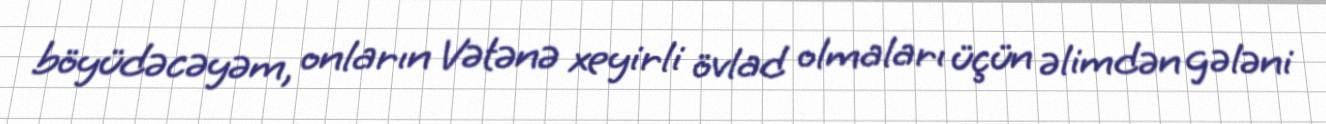
böyüdəcəyəm, onların Vətənə xeyirli övlad olmaları üçün əlimdən gələni